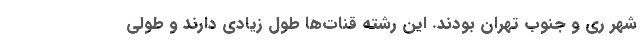
شهر ری و جنوب تهران بودند. این رشته قنات‌ها طول زیادی دارند و طولی